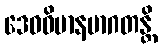
ဒေဝဝိမာနမာဂတန္တိ